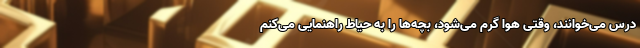
درس می‌خوانند، وقتی هوا گرم می‌شود، بچه‌ها را به حیاط راهنمایی می‌کنم